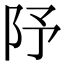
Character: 䦽